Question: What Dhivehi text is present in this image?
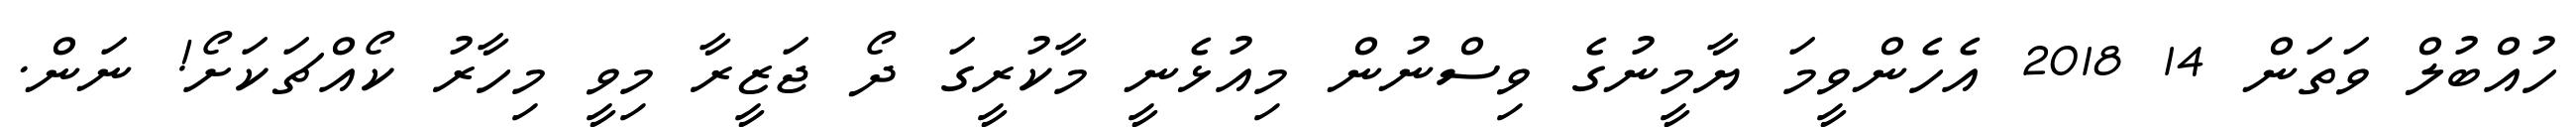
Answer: ހުއްބުލް ވަތަން 14 2018 އެހެންވީމަ ޔާމީނުގެ ވިސްނުން މިއުޅެނީ މާކުރީގަ ދޯ ޖަޒީރާ މިވީ މިހާރު ކޯއްޗަކަށޯ! ނަން.